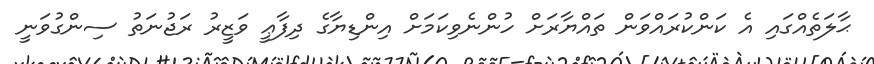
ޙާލަތެއްގައި އެ ކަންކުރައްވަން ތައްޔާރަށް ހުންނެވިކަމަށް އިންޑިޔާގެ ދިފާޢީ ވަޒީރު ރަޖުނަތު ސިންގުވަނީ